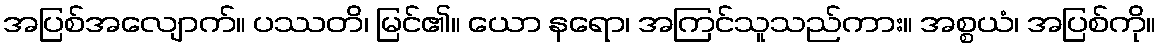
အပြစ်အလျောက်။ ပဿတိ၊ မြင်၏။ ယော နရော၊ အကြင်သူသည်ကား။ အစ္စယံ၊ အပြစ်ကို။